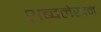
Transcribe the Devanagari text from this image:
शब्दलेखन